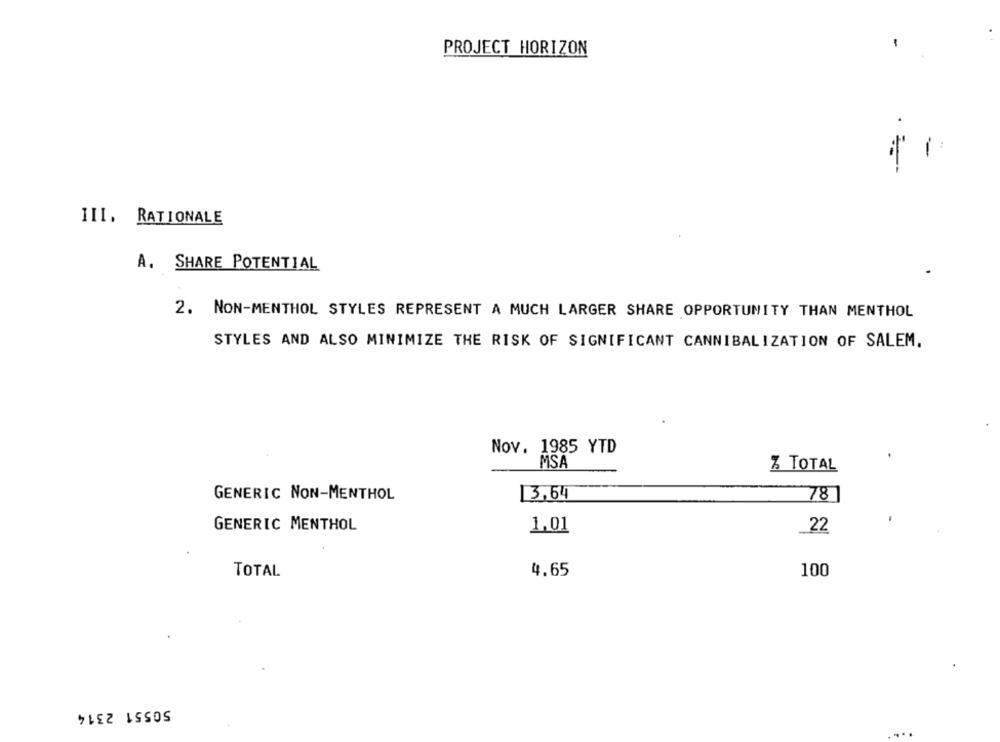
PROJECT HORIZON
III. RATIONALE
A. SHARE POTENTIAL
2. NON-MENTHOL STYLES REPRESENT A MUCH LARGER SHARE OPPORTUNITY THAN MENTHOL
STYLES AND ALSO MINIMIZE THE RISK OF SIGNIFICANT CANNIBALIZATION OF SALEM.
Nov. 1985 YTD
MSA
Z TOTAL
GENERIC NON-MENTHOL
13.54
78
1.01
GENERIC MENTHOL
22
4.65
TOTAL
100
50551 2314